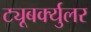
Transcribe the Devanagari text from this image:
ट्यूबर्क्युलर